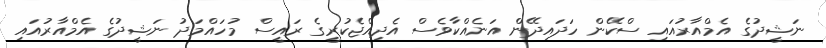
ނަޝީދުގެ އެމްއާރުއައި ސްކޭން ހަދައިދޭން އަނެއްކާވެސް އެދިއްޖެކުރީގެ ރައީސް މުހައްމަދު ނަޝީދުގެ އެމްއާރުއައި